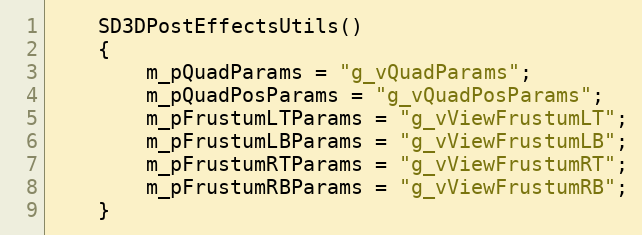
Language: C
	SD3DPostEffectsUtils()
	{
		m_pQuadParams = "g_vQuadParams";
		m_pQuadPosParams = "g_vQuadPosParams";
		m_pFrustumLTParams = "g_vViewFrustumLT";
		m_pFrustumLBParams = "g_vViewFrustumLB";
		m_pFrustumRTParams = "g_vViewFrustumRT";
		m_pFrustumRBParams = "g_vViewFrustumRB";
	}